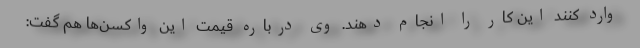
وارد کنند این کار را انجام دهند. وی درباره قیمت این واکسن‌ها هم گفت: